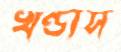
খণ্ডাস